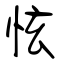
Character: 怰